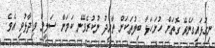
ނިގުޅައިގަނެވޭ ގޮތަށް ހުށަހަޅާ ބިލުތަކަށް ތާއިދު ނުކުރެވޭނެ ކަމަށް ސަލީމް ވިދާޅުވި އެވެ.